Vaccination in Bombay 1889-1901 - 1889-1901
Year: 1889
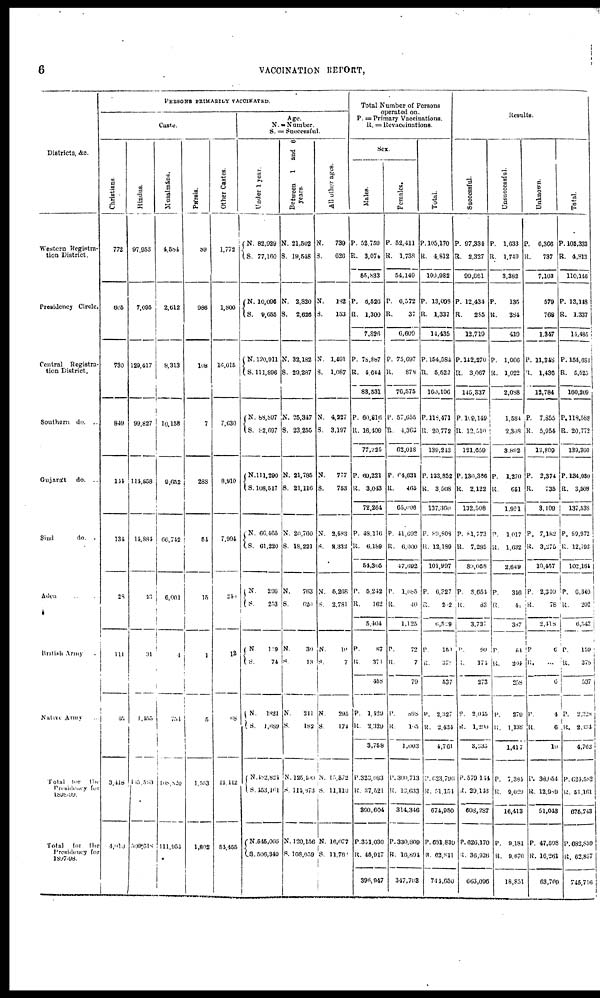
6
VACCINATION REPORT,
Districts, &c.
Western Registra-
tion District.
Presidency Circle.
Central
Registra-
tion District,
Southern
do.
..
Gujarát
do.
..
Sind
do.
Aden ..
British Army
Native Army
...
Total
for
the
presidency for
1898-99.
Total
for
the
Presidency for
1897-98.
PERSONS PRIMARILY VACCINATED.
Caste.
Christians.
772
605
730
849
144
131
28
111
45.
3,418
4,010
.
Hindus.
97,953
7,095
120,417
99,827
114,858
14,884
13
31
1,455
465,563
509,618
Musalmáns.
4,584
2,612
8,313
10,158
9,652
66,742
6,001
4
754
108,820
111,954
Pársis.
89
986
108
7
288
54
15
1
5
1,553
1,802
Other Castes.
1,772
1,800
16,015
7,630
8,910
7,994
240
12
68
44,442
54,455
Age.
N. = Number.
S. = Successful.
Under 1 year.
N.
S.
N.
S.
N.
S.
82,929
77,160
10,096
9,655
120,911
111,896
N.
S.
88,897
82,697
N·
S.
111,290
108,517
N.
S.
66,465
61,220
N·
S.
296
253
N.
S.
119
74
N.
S.
1821
1,689
N.
S.
482,824
453,161
N.
S.
545,066
506,340
Between 1 and 6
years.
N.
S.
N.
S.
N.
S.
21,502
19,548
2,820
2,626
32,182
29,287
N.
S.
25,347
23,255
N
S.
21,785
21,116
N.
S.
20,760
18,221
N.
S.
763
620
N.
S.
30
18
N.
S.
211
182
N.
S.
125,400
114,873
N.
S.
120,156
108,059
All other ages.
N.
S.
N.
S.
N.
S.
739
626
182
153
1,491
1,087
N
S.
4,227
3,197
N
S.
777
753
N.
S.
2,583
2,332
N.
S.
5,208
2,781
N.
S.
10
7
N.
S.
295
174
N.
S.
15,572
11,110
N.
S.
16,077
11,763
Total Number of Persons
operated on.
P. = Primary Vaccinations.
R. = Revaccinations.
Sex.
Males.
P.
R.
52.759
3,074
55,833
P.
R.
8,526
1,300
7,826
P.
R.
78,887
4,644
83,531
P.
R.
60,816
16,409
77,225
P.
R.
69,221
3,043
72,264
P.
R.
48,116
6,189
54,305
P.
R.
5,242
162
5,404
P.
R.
87
371
458
P.
R.
1,429
2,329
3,758
P.
R.
323,083
37,521
360,604
P.
R.
351,030
45,917
396,947
Females.
P.
R.
52,411
1,738
54,149
P.
R.
6,572
37
6,609
P.
R.
75,697
878
76,575
P.
R.
57,655
4,363
62,018
P.
R.
64,631
465
65,696
P.
R.
41,692
6,000
47,692
P.
R.
1,085
40
1,125
P.
R.
72
7
79
P.
R.
898
105
1,003
P.
R.
300,713
13,633
314,346
P.
R.
330,809
16,891
347,703
Total.
P.
R.
105,170
4,612
109,982
P.
R.
13,093
1,337
14,435
P.
R.
154,584
5,522
160,106
P.
R.
118,471
20,772
139,213
P.
R.
133,852
3,508
137,360
P.
R.
89,808
12,189
101,997
P.
R.
6,327
202
6,529
P.
R.
150
378
537
P.
R.
2,327
2,434
4,761
P.
R.
623,796
51,154
674,950
P.
R.
681,839
62,811
744,650
Results.
Successful.
P.
R.
97,334
2,327
99,081
P.
R.
12,431
285
12,719
P.
R.
142,270
3,067
145,337
P.
R.
109,149
12,510
21,659
P.
R.
130,386
2,122
132,508
P.
R.
81,773
7,285
85,058
P.
R.
8,654
83
3,737
P.
R.
99
174
273
P.
R.
2,045
1,290
3,335
P.
R.
579,114
29,143
608,287
P.
R.
626,170
36,926
663,096
Unsuccessful.
P.
R.
1,633
1,749
3,382
P.
R.
135
284
419
P.
R.
1,066
1,022
2,088
1,584
2,308
3,892
P.
R.
1,270
651
1,921
P.
R.
1,017
1,632
2,649
P.
R.
346
41
387
P.
R.
54
204
258
P.
R.
270
1,138
1,417
P.
R.
7,381
9,029
16,413
P.
R.
9,181
9,670
18,851
Unknown.
P.
R.
6,366
737
7,103
579
768
1,347
P.
R.
11,348
1,436
12,784
P.
R.
7,855
5,954
13,809
P.
R.
2,374
735
3,109
P.
R.
7,182
3,275
10,457
P.
R.
2,310
78
2,418
P.
R.
6
...
6
P.
R.
4
6
16
P.
R.
38,654
12,989
51,043
P.
R.
47,508
16,261
63,709
Total.
P.
R.
105,333
4,813
110,146
P.
R.
13,148
1,337
14,485
P.
R.
154,684
5,525
160,209
P.
R.
118,588
20,772
139,360
P.
R.
134,080
3,508
137,538
P.
R.
89,972
12,192
102,161
P.
R.
6,340
202
6,542
P.
R.
159
378
537
P.
R.
2, 328
2,134
4,762
P.
R.
624,582
51,161
675,743
P.
R.
682,859
62,857
745,716